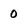
Character: 0